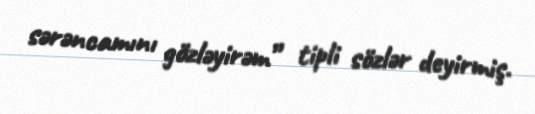
sərəncamını gözləyirəm” tipli sözlər deyirmiş.